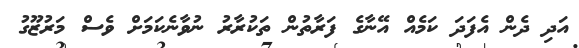
އަދި ދެން އެފަދަ ކަމެއް އޭނާގެ ފަރާތުން ތަކުރާރު ނުވާނެކަމަށް ވެސް މަރުޒޫގު